Indian journal of veterinary science and animal husbandry - Volume 2,
Year: 1932
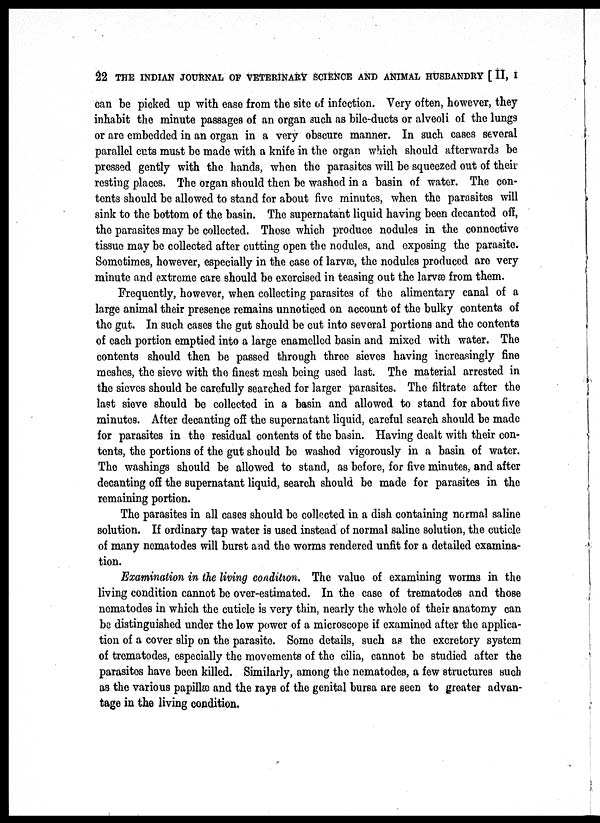
22 THE INDIAN JOURNAL OF VETERINARY SCIENCE AND ANIMAL HUSBANDRY [ II, I
can be picked up with ease from the site of infection. Very often, however, they
inhabit the minute passages of an organ such as bile-ducts or alveoli of the lungs
or are embedded in an organ in a very obscure manner. In such cases several
parallel cuts must be made with a knife in the organ which should afterwards be
pressed gently with the hands, when the parasites will be squeezed out of their
resting places. The organ should then be washed in a basin of water. The con-
tents should be allowed to stand for about five minutes, when the parasites will
sink to the bottom of the basin. The supernatant liquid having been decanted off,
the parasites may be collected. Those which produce nodules in the connective
tissue may be collected after cutting open the nodules, and exposing the parasite.
Sometimes, however, especially in the case of larvæ, the nodules produced are very
minute and extreme care should be exercised in teasing out the larvæ from them.
Frequently, however, when collecting parasites of the alimentary canal of a
large animal their presence remains unnoticed on account of the bulky contents of
the gut. In such cases the gut should be cut into several portions and the contents
of each portion emptied into a large enamelled basin and mixed with water. The
contents should then be passed through three sieves having increasingly fine
meshes, the sieve with the finest mesh being used last. The material arrested in
the sieves should be carefully searched for larger parasites. The filtrate after the
last sieve should be collected in a basin and allowed to stand for about five
minutes. After decanting off the supernatant liquid, careful search should be made
for parasites in the residual contents of the basin. Having dealt with their con-
tents, the portions of the gut should be washed vigorously in a basin of water.
The washings should be allowed to stand, as before, for five minutes, and after
decanting off the supernatant liquid, search should be made for parasites in the
remaining portion.
The parasites in all cases should be collected in a dish containing normal saline
solution. If ordinary tap water is used instead of normal saline solution, the cuticle
of many nematodes will burst and the worms rendered unfit for a detailed examina-
tion.
Examination in the living condition. The value of examining worms in the
living condition cannot be over-estimated. In the case of trematodes and those
nematodes in which the cuticle is very thin, nearly the whole of their anatomy can
be distinguished under the low power of a microscope if examined after the applica-
tion of a cover slip on the parasite. Some details, such as the excretory system
of trematodes, especially the movements of the cilia, cannot be studied after the
parasites have been killed. Similarly, among the nematodes, a few structures such
as the various papillæ and the rays of the genital bursa are seen to greater advan-
tage in the living condition.